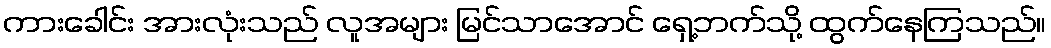
ကားခေါင်း အားလုံးသည် လူအများ မြင်သာအောင် ရှေ့ဘက်သို့ ထွက်နေကြသည်။